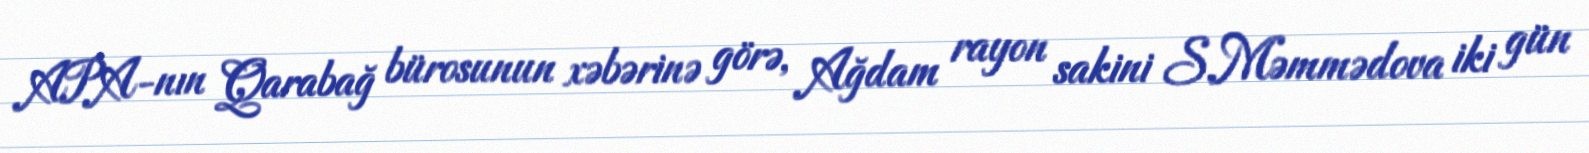
APA-nın Qarabağ bürosunun xəbərinə görə, Ağdam rayon sakini S.Məmmədova iki gün